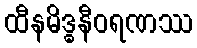
ထီနမိဒ္ဓနီဝရဏဿ